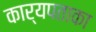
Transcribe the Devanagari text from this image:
कार्यपताका